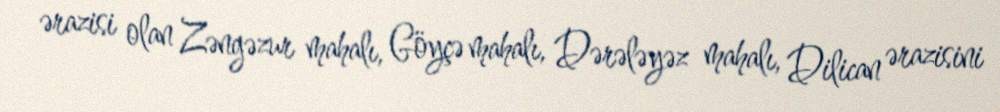
ərazisi olan Zəngəzur mahalı, Göyçə mahalı, Dərələyəz mahalı, Dilican ərazisini